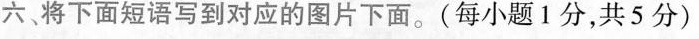
六 将下面短语写到对应的图片下面。(每小题1分,共5 分)